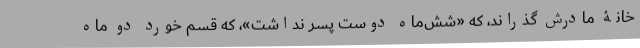
خانۀ مادرش گذراند، که «شش‌ماه دوست پسر نداشت»، که قسم خورد دو ماه